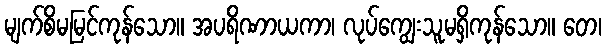
မျက်စိမမြင်ကုန်သော။ အပရိဏာယကာ၊ လုပ်ကျွေးသူမရှိကုန်သော။ တေ၊